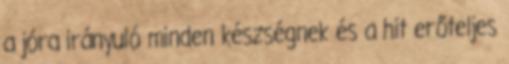
a jóra irányuló minden készségnek és a hit erőteljes